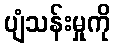
ပျံသန်းမှုကို